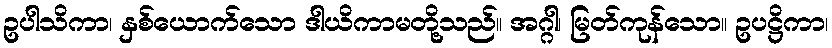
ဥပါသိကာ၊ နှစ်ယောက်သော ဒါယိကာမတို့သည်။ အဂ္ဂါ၊ မြတ်ကုန်သော။ ဥပဋ္ဌိကာ၊